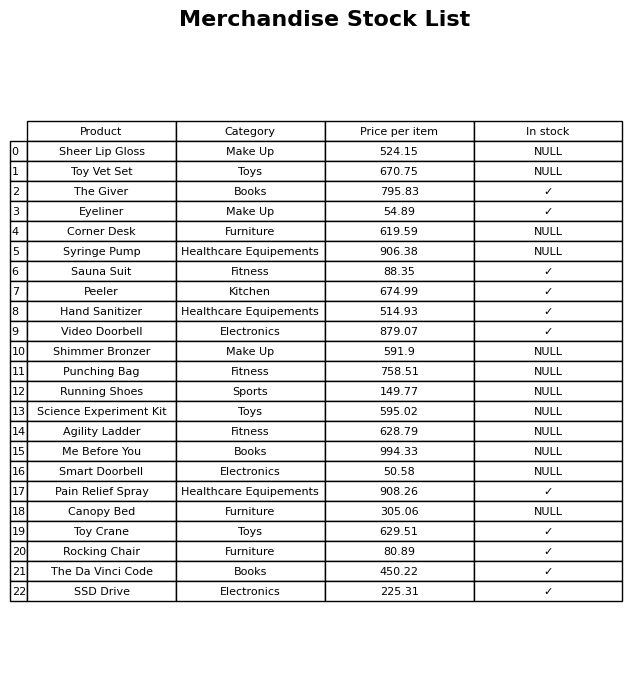
question: What is the price for Running Shoes?
answer: The price of Running Shoes is 149.77.